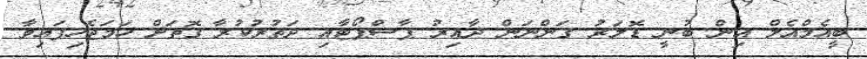
ބީއެމްއެލް އިން ބުނީ ޑޮލަރު ގަންނަން ދާއިރު ޕާސްޕޯޓާއި ދަތުރުކުރާ ގޮތަށް ހަމަޖެހިފައިވާ